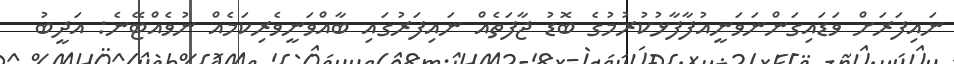
ނައިފަރަށް ވަޑައިގަންނަވަނީއުފާފާޅުކުރުމުގެ ބޮޑު ޖާފަތެއް ނައިފަރުގައި ބާއްވަނީވެރިކަމެއް ނުވެއްޓޭނެ: އަދީބު